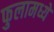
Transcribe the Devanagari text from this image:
फुलामध्ये